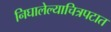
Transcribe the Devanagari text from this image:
निघालेल्याचित्रपटात